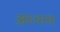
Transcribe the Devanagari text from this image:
अध्यायः